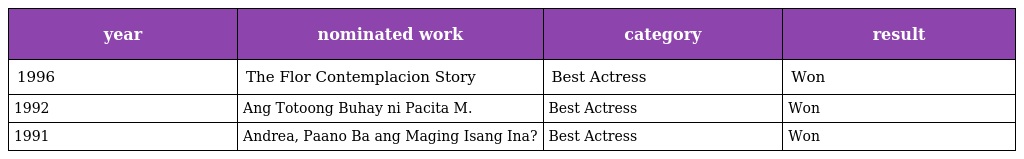
| year | nominated work | category | result |
 | --- | --- | --- | --- |
 | 1996 | The Flor Contemplacion Story | Best Actress | Won |
 | 1992 | Ang Totoong Buhay ni Pacita M. | Best Actress | Won |
 | 1991 | Andrea, Paano Ba ang Maging Isang Ina? | Best Actress | Won |